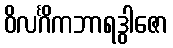
ဝိလင်္ဂိကဘာရဒွါဇော